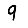
Digit: 9